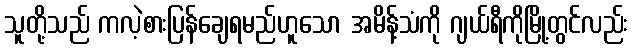
သူတို့သည် ကလဲ့စားပြန်ချေရမည်ဟူသော အမိန့်သံကို ဂျယ်ရီကိုမြို့တွင်လည်း